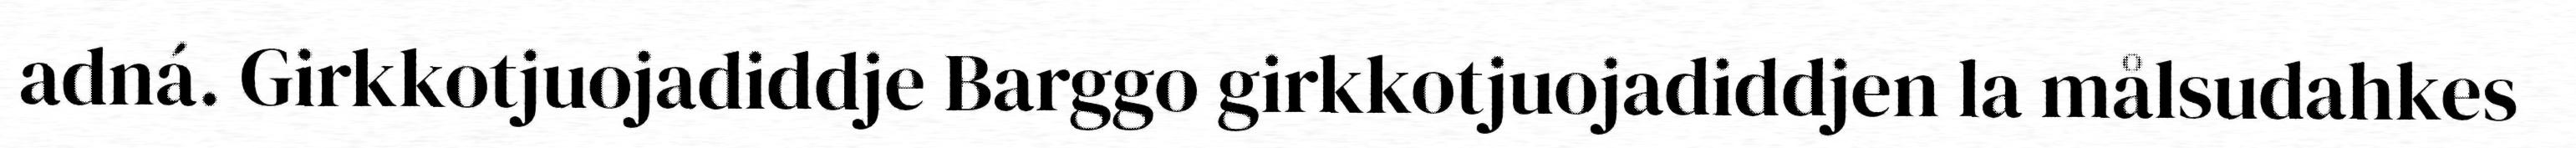
adná. Girkkotjuojadiddje Barggo girkkotjuojadiddjen la målsudahkes